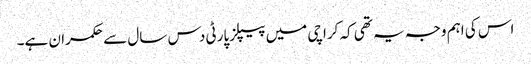
اس کی اہم وجہ یہ تھی کہ کراچی میں پیپلزپارٹی دس سال سے حکمران ہے۔